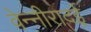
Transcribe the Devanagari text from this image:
वेन्नीरादई